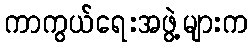
ကာကွယ်ရေးအဖွဲ့များက